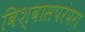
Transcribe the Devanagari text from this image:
विश्वासपरंपरा